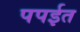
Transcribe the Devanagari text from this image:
पपईत